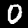
Label: 0